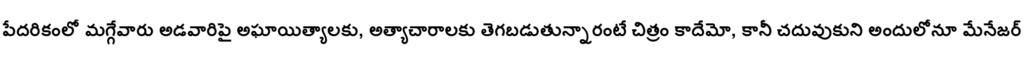
పేదరికంలో మగ్గేవారు అడవారిపై అఘాయిత్యాలకు, అత్యాచారాలకు తెగబడుతున్నారంటే చిత్రం కాదేమో, కానీ చదువుకుని అందులోనూ మేనేజర్